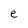
Character: e